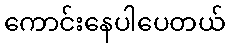
ကောင်းနေပါပေတယ်